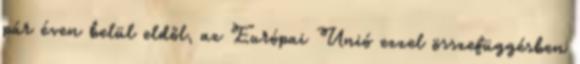
pár éven belül eldől, az Európai Unió ezzel összefüggésben